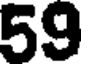
59